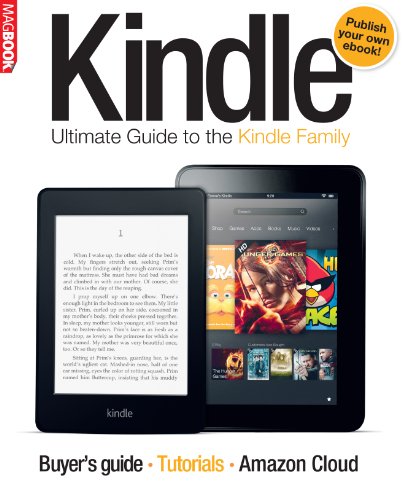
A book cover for Ultimate Guide to Amazon Kindle Family; Computers & Technology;